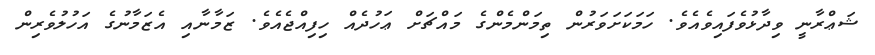
ޝަޢްރާނީ ވިދާޅުވެފައިވެއެވެ. ހަމަކަށަވަރުން ތިމަންމެންގެ މައްޗަށް ޢަހުދެއް ހިފިއްޖެއެވެ. ޒަމާނާއި އެޒަމާނުގެ އަހުލުވެރިން